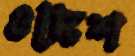
ওদেশ